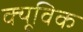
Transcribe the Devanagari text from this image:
क्यूविक